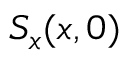
S _ { x } ( x , 0 )